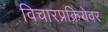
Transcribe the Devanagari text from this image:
विचारप्रक्रियेवर